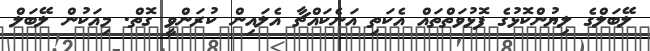
ލޭބަލްގެ ލިޔުންކޮޅުގެ ފޮޅުވަތްތައް އެކަތި އަނެކައްޗާ އެލައިން ކުރަންވީ ގޮތް. މިއަކުން ލޭބަލް